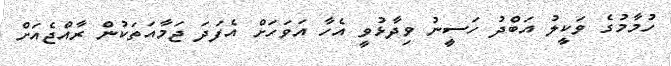
ހުމާމުގެ ވަކީލު އަބްދު ހަސީނު ވިދާޅުވީ އެހާ އަވަހަށް އެފަދަ ޖަމާއަތަކުން ރާއްޖެއަށް